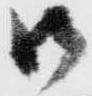
御